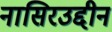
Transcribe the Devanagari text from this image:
नासिरउद्दीन